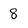
Character: 8